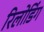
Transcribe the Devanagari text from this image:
रिलोडिंग